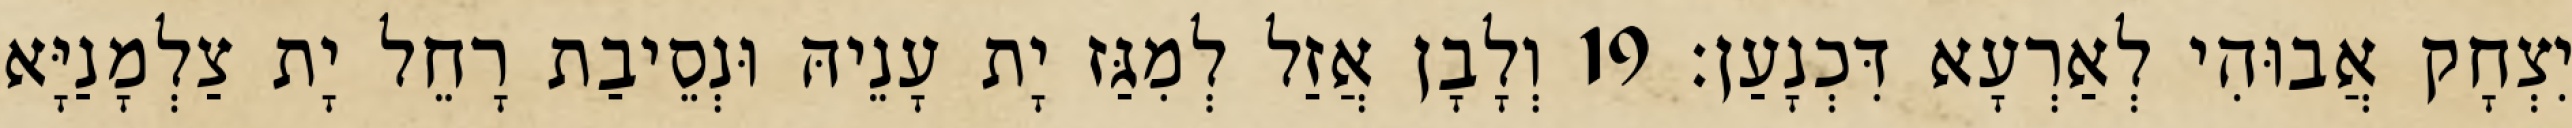
יִצְחָק אֲבוּהִי לְאַרְעָא דִּכְנָעַן׃ 19 וְלָבָן אֲזַל לְמִגַּז יָת עָנֵיהּ וּנְסֵיבַת רָחֵל יָת צַלְמָנַיָּא